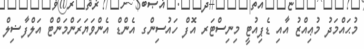
މުޙައްމަދު މުޢިއްޒު އާއި ޑެޕިއުޓީ މިނިސްޓަރ އޮފް ހައުސިންގ އެންޑް އެންވަޔަރަންމަންޓް އަލްފާޟިލް